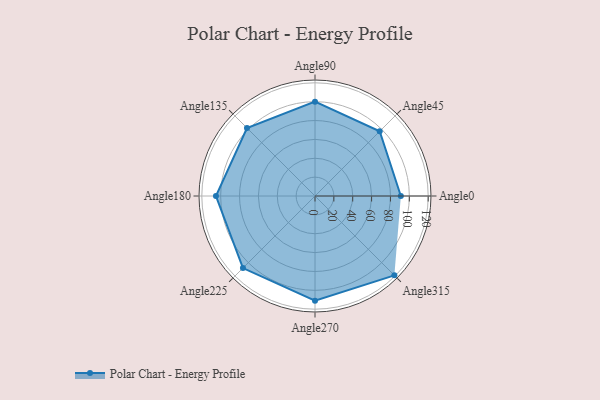
{"axis": {"x": "Angle", "y": "Radius"}, "legend": [""], "data": [{"x": "Angle0", "y": 91.0, "type": ""}, {"x": "Angle45", "y": 97.0, "type": ""}, {"x": "Angle90", "y": 100.0, "type": ""}, {"x": "Angle135", "y": 102.0, "type": ""}, {"x": "Angle180", "y": 105.0, "type": ""}, {"x": "Angle225", "y": 108.0, "type": ""}, {"x": "Angle270", "y": 111.0, "type": ""}, {"x": "Angle315", "y": 119.0, "type": ""}]}